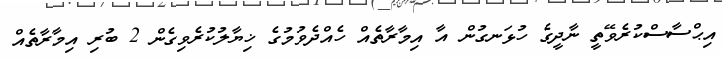
އިޙްސާސްކުރެވޭތީ ނާދީގެ ހުޅަނގުން އާ އިމާރާތެއް ހެއްދެވުމުގެ ޚިޔާލުކުރެވިގެން 2 ބުރި އިމާރާތެއް